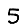
Digit: 5